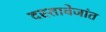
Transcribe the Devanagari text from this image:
दस्तावेजांत